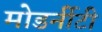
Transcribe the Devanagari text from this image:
मोडर्नीटी